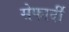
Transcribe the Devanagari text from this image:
सेफार्दी